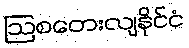
ဩစတေးလျနိုင်ငံ